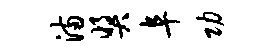
满奖阜功